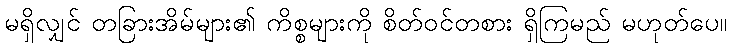
မရှိလျှင် တခြားအိမ်များ၏ ကိစ္စများကို စိတ်ဝင်တစား ရှိကြမည် မဟုတ်ပေ။